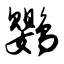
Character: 鹦